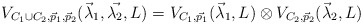
\begin{align*}V_{C_1 \cup C_2, \vec{p}_1, \vec{p}_2}(\vec{\lambda}_1, \vec{\lambda_2}, L) = V_{C_1, \vec{p}_1}(\vec{\lambda}_1, L) \otimes V_{C_2, \vec{p}_2}(\vec{\lambda}_2, L)\\\end{align*}